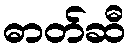
ဓာတ်ဆီ